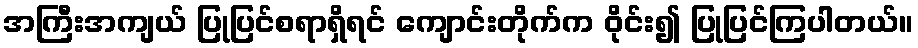
အကြီးအကျယ် ပြုပြင်စရာရှိရင် ကျောင်းတိုက်က ဝိုင်း၍ ပြုပြင်ကြပါတယ်။